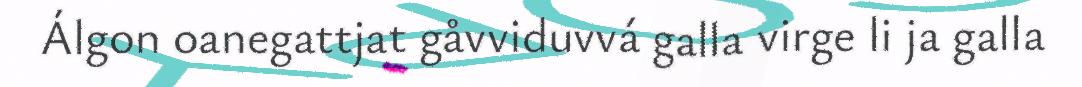
Álgon oanegattjat gåvviduvvá galla virge li ja galla